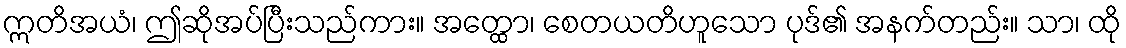
ဣတိအယံ၊ ဤဆိုအပ်ပြီးသည်ကား။ အတ္ထော၊ စေတယတိဟူသော ပုဒ်၏ အနက်တည်း။ သာ၊ ထို